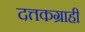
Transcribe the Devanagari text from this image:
दत्तकग्राही